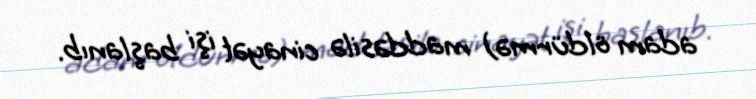
adam öldürmə) maddəsilə cinayət işi başlanıb.